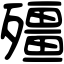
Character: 殭